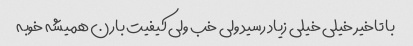
با تاخیر خیلی خیلی زیاد رسید ولی خب ولی کیفیت بارن همیشه خوبه